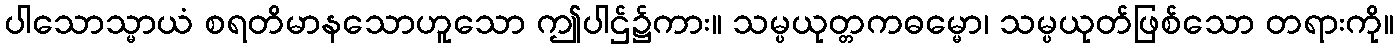
ပါသောသ္မာယံ စရတိမာနသောဟူသော ဤပါဌ်၌ကား။ သမ္ပယုတ္တကဓမ္မော၊ သမ္ပယုတ်ဖြစ်သော တရားကို။